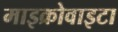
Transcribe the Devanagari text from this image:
माइक्रोवाइटा